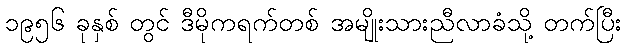
၁၉၅၆ ခုနှစ် တွင် ဒီမိုကရက်တစ် အမျိုးသားညီလာခံသို့ တက်ပြီး